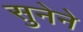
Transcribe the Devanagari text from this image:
सुनेने